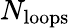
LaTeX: N_{\mathrm{loops}}